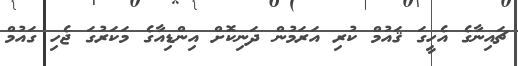
ޗައިނާގެ އެހީގަ ޤައުމް ކުރި އަރަމުން ދަނިކޮށް އިންޑިއާގެ މަކަރުގަ ޖެހި ގައުމް